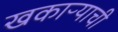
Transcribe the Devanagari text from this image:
खकाऱ्याची